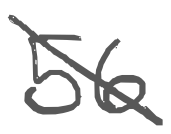
Text: 56
Cross-out: mix
Writing tool: digital_gray